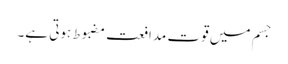
جسم میں قوت مدافعت مضبوط ہوتی ہے۔